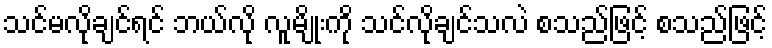
သင်မလိုချင်ရင် ဘယ်လို လူမျိုးကို သင်လိုချင်သလဲ စသည်ဖြင့် စသည်ဖြင့်